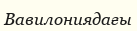
Вавилониядағы